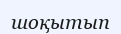
шоқытып